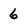
Character: 6